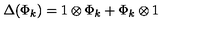
\Delta ( \Phi _ { k } ) = 1 \otimes \Phi _ { k } + \Phi _ { k } \otimes 1